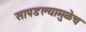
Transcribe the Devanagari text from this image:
सापडल्यामुळेच